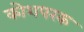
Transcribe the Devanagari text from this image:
कोशपरक